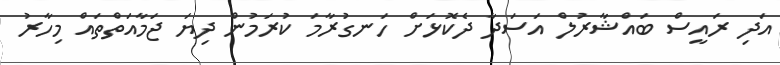
އަދި ރައީސް ބައްޝާރުލް އަސަދާ ދެކޮޅަށް ހަނގުރާމަ ކުރަމުން ދިޔަ ޖަމާއަތްތައް މިހާރު